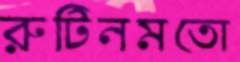
রুটিনমতো